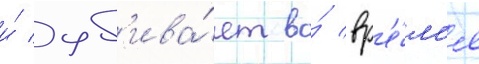
и́ уб'ива́ет во́ вр'е́м'я